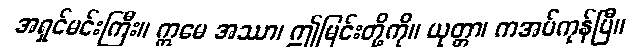
အရှင်မင်းကြီး။ ဣမေ အဿာ၊ ဤမြင်းတို့ကို။ ယုတ္တာ၊ ကအပ်ကုန်ပြီ။